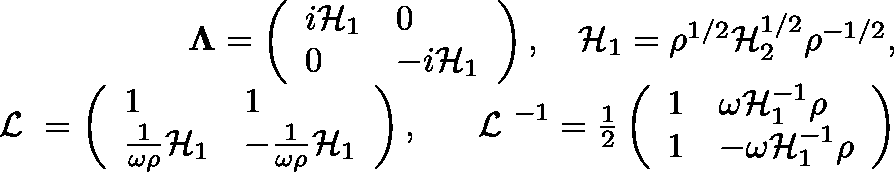
\begin{array} { r l r } & { } & { { \bf \Lambda } = \left( \begin{array} { l l } { i { \cal H } _ { 1 } } & { 0 } \\ { 0 } & { - i { \cal H } _ { 1 } } \end{array} \right) , \quad { \cal H } _ { 1 } = \rho ^ { 1 / 2 } { \cal H } _ { 2 } ^ { 1 / 2 } \rho ^ { - 1 / 2 } , } \\ & { } & { { { { \mathrm { \boldmath ~ { \cal ~ L } ~ } } } } = \left( \begin{array} { l l } { 1 } & { 1 } \\ { \frac { 1 } { \omega \rho } { \cal H } _ { 1 } } & { - \frac { 1 } { \omega \rho } { \cal H } _ { 1 } } \end{array} \right) , \quad { { { \mathrm { \boldmath ~ { \cal ~ L } ~ } } } } ^ { - 1 } = \frac { 1 } { 2 } \left( \begin{array} { l l } { 1 } & { \omega { \cal H } _ { 1 } ^ { - 1 } \rho } \\ { 1 } & { - \omega { \cal H } _ { 1 } ^ { - 1 } \rho } \end{array} \right) } \end{array}